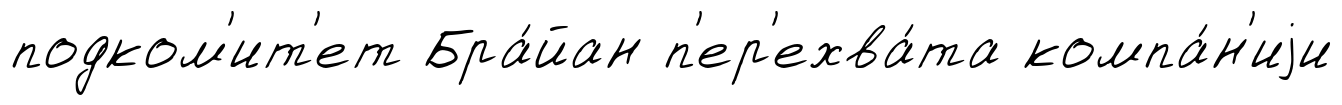
подком'ит'ет Бра́йан п'ер'ехва́та компа́н'иjи